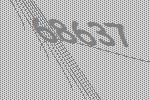
68637